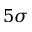
5 \sigma